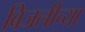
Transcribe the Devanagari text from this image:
बिजलीच्या